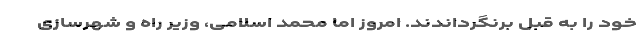
خود را به قبل برنگرداندند. امروز اما محمد اسلامی، وزیر راه و شهرسازی